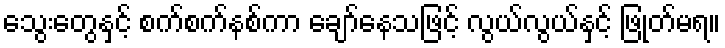
သွေးတွေနှင့် စက်စက်နစ်ကာ ချော်နေသဖြင့် လွယ်လွယ်နှင့် ဖြုတ်မရ။